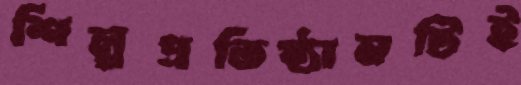
শিল্পপ্রতিষ্ঠানটিই